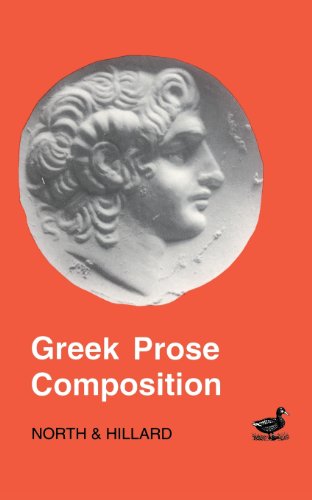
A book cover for Greek Prose Composition (Greek Language); Literature & Fiction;